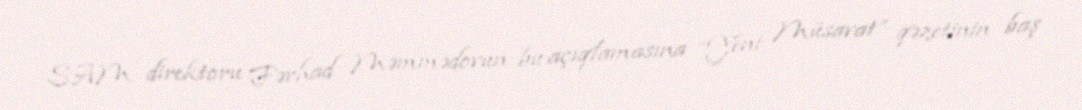
SAM direktoru Fərhad Məmmədovun bu açıqlamasına “Yeni Müsavat” qəzetinin baş